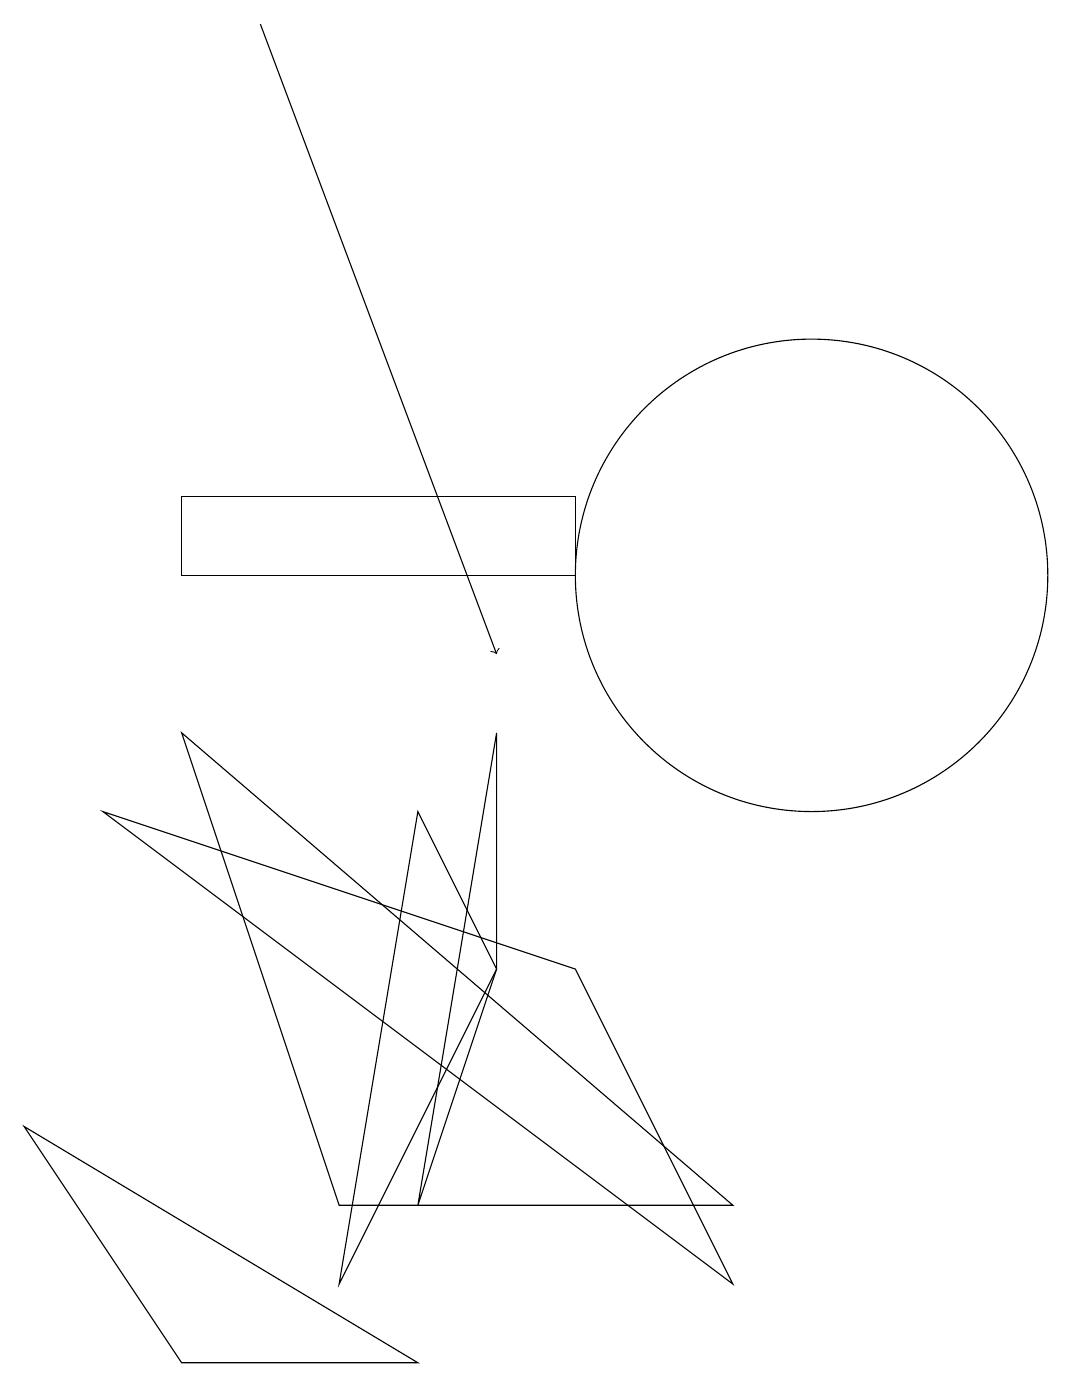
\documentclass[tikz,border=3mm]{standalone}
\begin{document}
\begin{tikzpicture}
\draw (10,11) circle (3);
\draw (7,6) -- (9,2) -- (1,8) -- cycle;
\draw[->] (3,18) -- (6,10);
\draw (7,11) rectangle (2,12);
\draw (5,3) -- (6,9) -- (6,6) -- cycle;
\draw (9,3) -- (2,9) -- (4,3) -- cycle;
\draw (5,1) -- (0,4) -- (2,1) -- cycle;
\draw (5,8) -- (6,6) -- (4,2) -- cycle;
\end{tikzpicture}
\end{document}